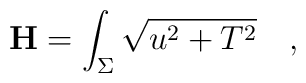
{\bf H} = \int_{\Sigma}\sqrt{u^2+T^2}\quad ,